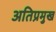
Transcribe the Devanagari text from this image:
अतिप्रमुख